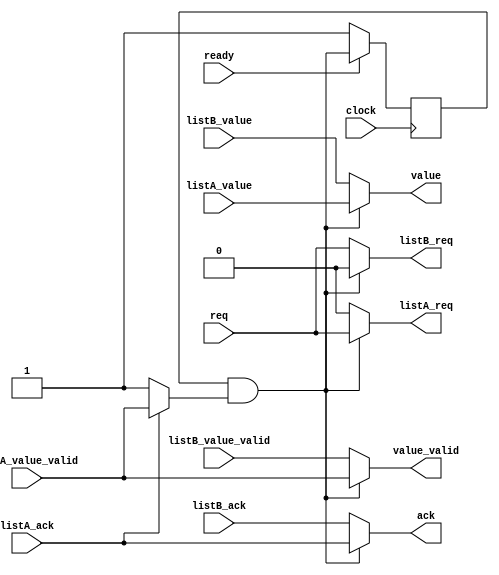
module Concat(
    input clock,
    input ready,
	output reg  listA_req,
    input       listA_ack,
    input [7:0] listA_value,
    input       listA_value_valid,
	output reg  listB_req,
    input       listB_ack,
    input [7:0] listB_value,
    input       listB_value_valid,
	input            req,
	output reg       ack,
	output reg [7:0] value,
	output reg       value_valid
    );
    reg lastSelectA;
    wire selectA;
    assign selectA = lastSelectA & (listA_ack ? listA_value_valid : 1'b1);
    always @(posedge clock) begin
        if(ready)
            lastSelectA <= selectA;
        else
            lastSelectA <= 1;
    end
    always @(*) begin
        if(selectA) begin
            listA_req = req;
            ack = listA_ack;
            value = listA_value;
            value_valid = listA_value_valid;
            listB_req = 0;
        end else begin
            listB_req = req;
            ack = listB_ack;
            value = listB_value;
            value_valid = listB_value_valid;
            listA_req = 0;
        end
    end
endmodule